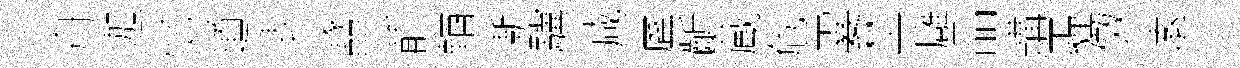
舟迦忆道表冡愳前輶漸驥减虗齗蔵危霎埜廱品購霾傚逺